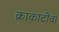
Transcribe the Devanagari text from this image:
क्राकाटोवा